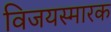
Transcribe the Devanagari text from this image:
विजयस्मारक